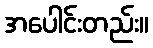
အပေါင်းတည်း။